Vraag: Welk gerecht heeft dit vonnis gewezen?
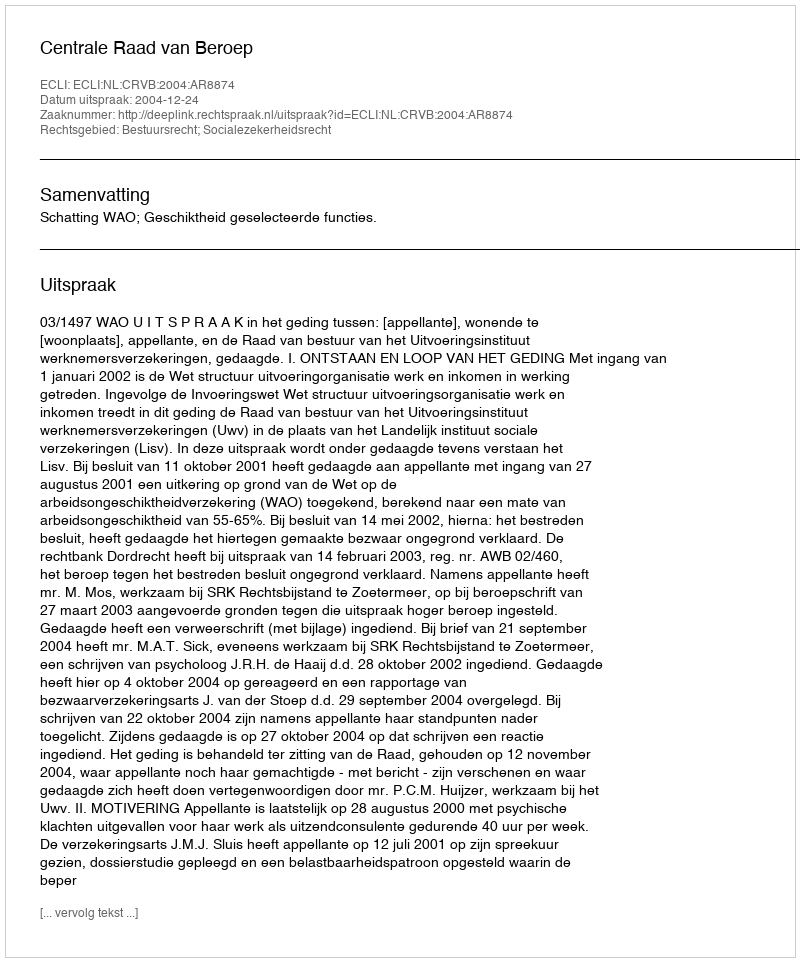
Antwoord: Centrale Raad van Beroep